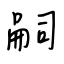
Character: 嗣